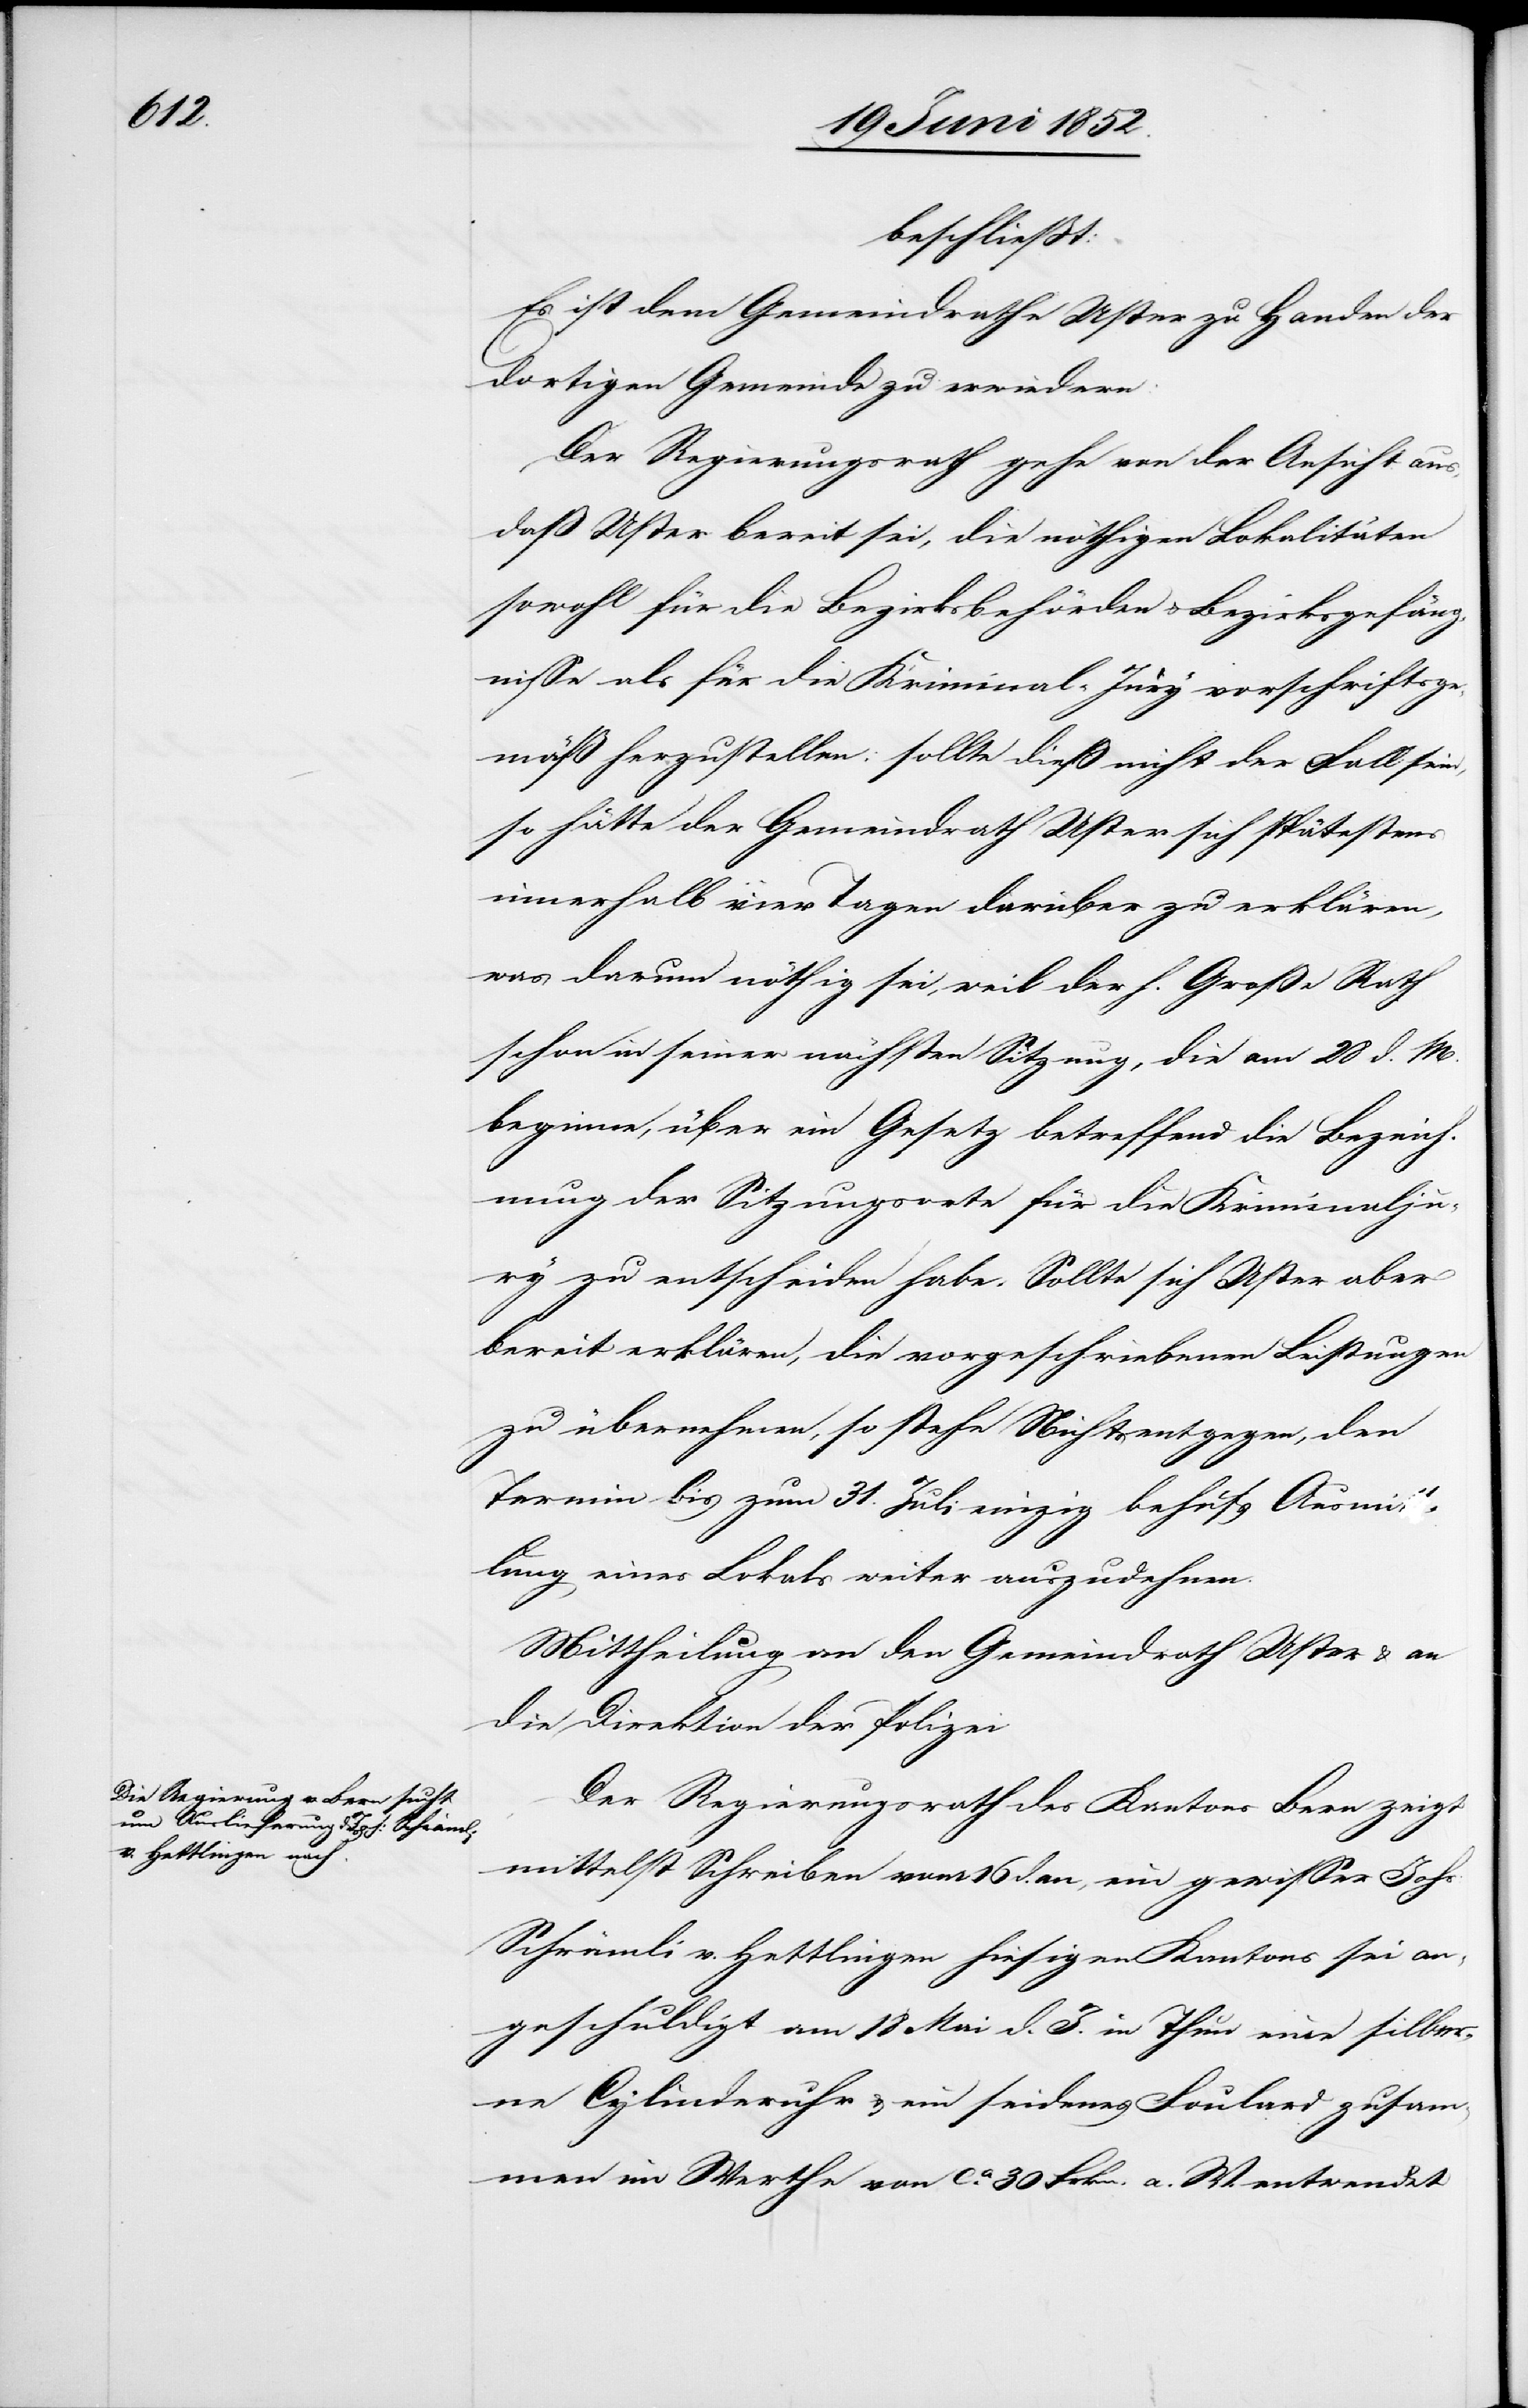
beschließt:
Es ist dem Gemeindrathe Uster zu Handen der
dortigen Gemeinde zu erwiedern:
Der Regierungsrath gehe von der Ansicht aus,
daß Uster bereit sei, die nöthigen Lokalitäten
sowohl für die Bezirksbehörden & Bezirksgefäng¬
nisse als für die Kriminal-Jury vorschriftsge¬
mäß herzustellen; sollte diess nicht der Fall sein,
so hätte der Gemeindrath Uster sich spätestens
innerhalb vier Tagen darüber zu erklären,
was darum nöthig sei, weil der h. Große Rath
schon in seiner nächsten Sitzung, die am 28 d. M.
beginne, über ein Gesetz betreffend die Bezeich¬
nung der Sitzungsorte für die Kriminalju¬
ry zu entscheiden habe. Sollte sich Uster aber
bereit erklären, die vorgeschriebenen Leistungen
zu übernehmen, so stehe Nichts entgegen, den
Termin bis zum 31. Juli einzig behufs Ausmitt¬
lung eines Lokals weiter auszudehnen.
Mittheilung an den Gemeindrath Uster & an
die Direktion der Polizei[.]
Der Regierungsrath des Kantons Bern zeigt
mittelst Schreiben vom 16 d. an, ein gewisser Johs.
Schrämli v. Hettlingen hiesigen Kantons sei an¬
geschuldigt am 18 Mai d. J. in Thun eine silber¬
ne Cylinderuhr & ein seidenes Foulard zusam¬
men im Werthe von ca. 30 Frkn. a. W. entwendet